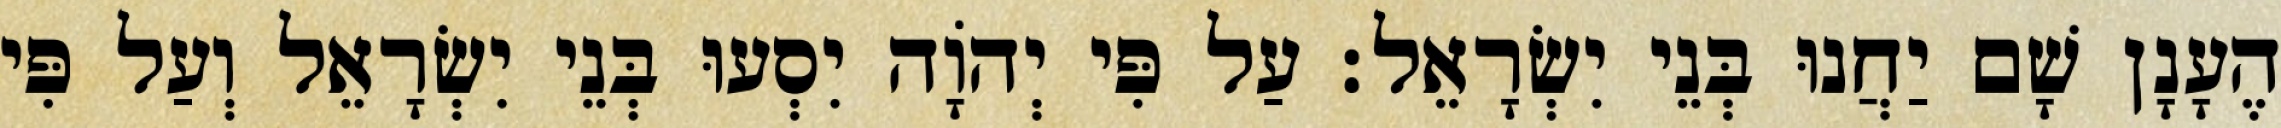
הֶעָנָן שָׁם יַחֲנוּ בְּנֵי יִשְׂרָאֵל׃ עַל פִּי יְהֹוָה יִסְעוּ בְּנֵי יִשְׂרָאֵל וְעַל פִּי